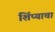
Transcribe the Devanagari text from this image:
शिंप्याचा